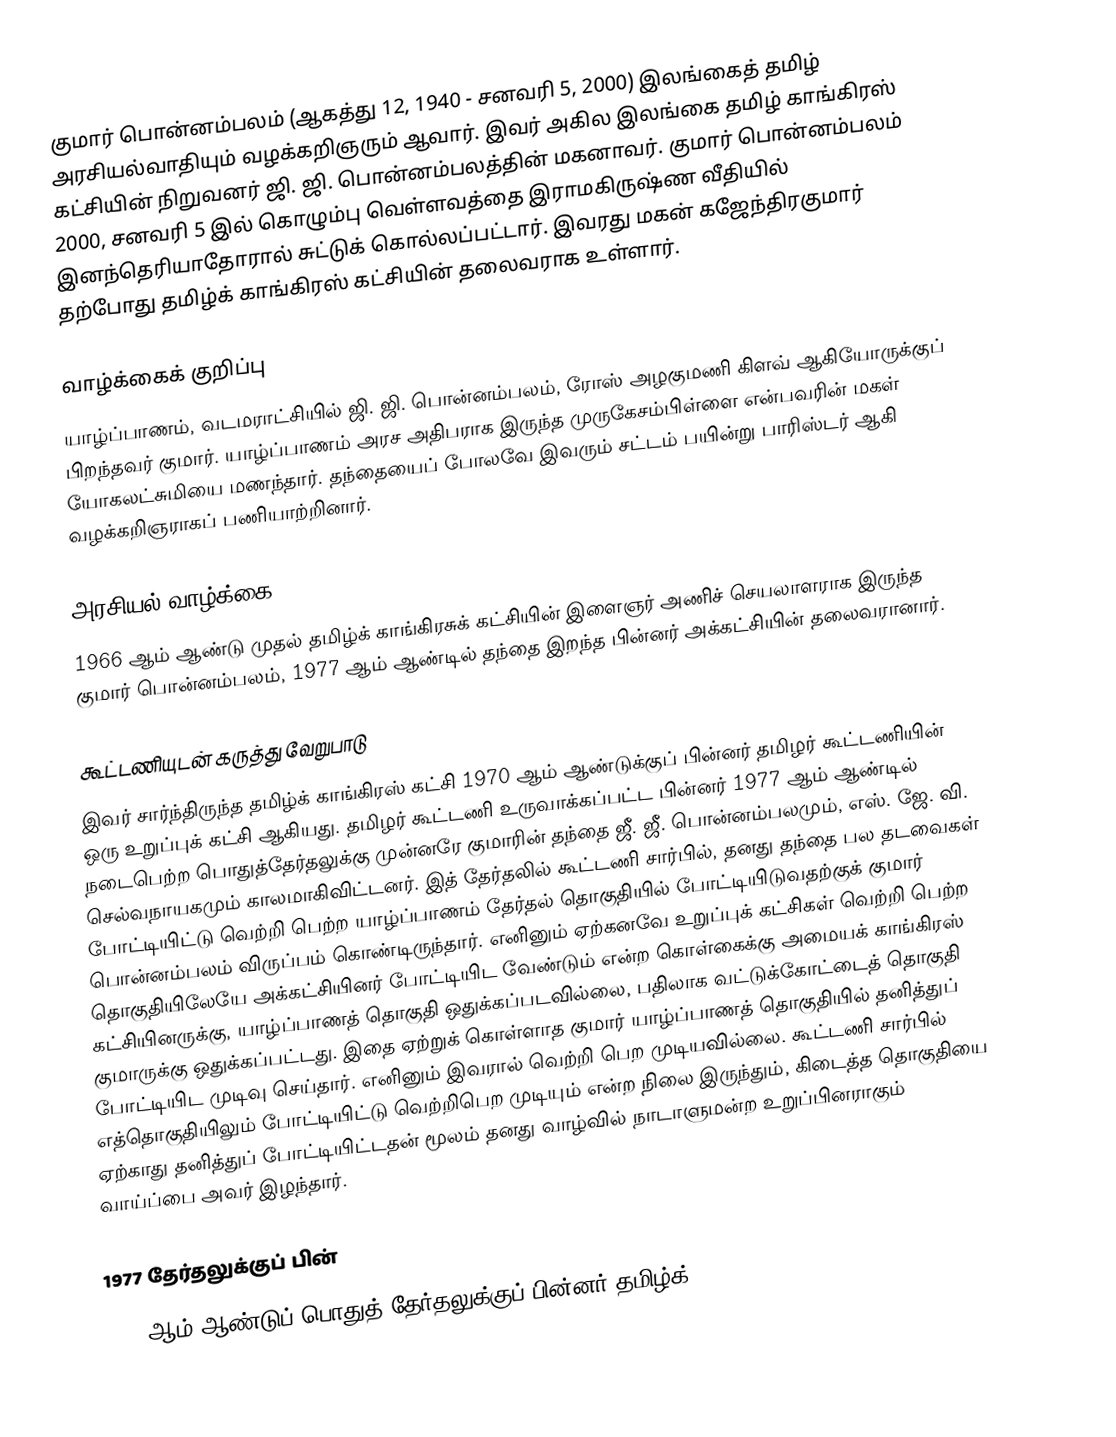
குமார் பொன்னம்பலம் (ஆகத்து 12, 1940 - சனவரி 5, 2000) இலங்கைத் தமிழ் அரசியல்வாதியும் வழக்கறிஞரும் ஆவார். இவர் அகில இலங்கை தமிழ் காங்கிரஸ் கட்சியின் நிறுவனர் ஜி. ஜி. பொன்னம்பலத்தின் மகனாவர். குமார் பொன்னம்பலம் 2000, சனவரி 5 இல் கொழும்பு வெள்ளவத்தை இராமகிருஷ்ண வீதியில் இனந்தெரியாதோரால் சுட்டுக் கொல்லப்பட்டார். இவரது மகன் கஜேந்திரகுமார் தற்போது தமிழ்க் காங்கிரஸ் கட்சியின் தலைவராக உள்ளார்.

வாழ்க்கைக் குறிப்பு
யாழ்ப்பாணம், வடமராட்சியில் ஜி. ஜி. பொன்னம்பலம், ரோஸ் அழகுமணி கிளவ் ஆகியோருக்குப் பிறந்தவர் குமார். யாழ்ப்பாணம் அரச அதிபராக இருந்த முருகேசம்பிள்ளை என்பவரின் மகள் யோகலட்சுமியை மணந்தார். தந்தையைப் போலவே இவரும் சட்டம் பயின்று பாரிஸ்டர் ஆகி வழக்கறிஞராகப் பணியாற்றினார்.

அரசியல் வாழ்க்கை
1966 ஆம் ஆண்டு முதல் தமிழ்க் காங்கிரசுக் கட்சியின் இளைஞர் அணிச் செயலாளராக இருந்த குமார் பொன்னம்பலம், 1977 ஆம் ஆண்டில் தந்தை இறந்த பின்னர் அக்கட்சியின் தலைவரானார்.

கூட்டணியுடன் கருத்து வேறுபாடு
இவர் சார்ந்திருந்த தமிழ்க் காங்கிரஸ் கட்சி 1970 ஆம் ஆண்டுக்குப் பின்னர் தமிழர் கூட்டணியின் ஒரு உறுப்புக் கட்சி ஆகியது. தமிழர் கூட்டணி உருவாக்கப்பட்ட பின்னர் 1977 ஆம் ஆண்டில் நடைபெற்ற பொதுத்தேர்தலுக்கு முன்னரே குமாரின் தந்தை ஜீ. ஜீ. பொன்னம்பலமும், எஸ். ஜே. வி. செல்வநாயகமும் காலமாகிவிட்டனர். இத் தேர்தலில் கூட்டணி சார்பில், தனது தந்தை பல தடவைகள் போட்டியிட்டு வெற்றி பெற்ற யாழ்ப்பாணம் தேர்தல் தொகுதியில் போட்டியிடுவதற்குக் குமார் பொன்னம்பலம் விருப்பம் கொண்டிருந்தார். எனினும் ஏற்கனவே உறுப்புக் கட்சிகள் வெற்றி பெற்ற தொகுதியிலேயே அக்கட்சியினர் போட்டியிட வேண்டும் என்ற கொள்கைக்கு அமையக் காங்கிரஸ் கட்சியினருக்கு, யாழ்ப்பாணத் தொகுதி ஒதுக்கப்படவில்லை, பதிலாக வட்டுக்கோட்டைத் தொகுதி குமாருக்கு ஒதுக்கப்பட்டது. இதை ஏற்றுக் கொள்ளாத குமார் யாழ்ப்பாணத் தொகுதியில் தனித்துப் போட்டியிட முடிவு செய்தார். எனினும் இவரால் வெற்றி பெற முடியவில்லை. கூட்டணி சார்பில் எத்தொகுதியிலும் போட்டியிட்டு வெற்றிபெற முடியும் என்ற நிலை இருந்தும், கிடைத்த தொகுதியை ஏற்காது தனித்துப் போட்டியிட்டதன் மூலம் தனது வாழ்வில் நாடாளுமன்ற உறுப்பினராகும் வாய்ப்பை அவர் இழந்தார்.

1977 தேர்தலுக்குப் பின்
1977 ஆம் ஆண்டுப் பொதுத் தேர்தலுக்குப் பின்னர் தமிழ்க்